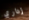
إداري